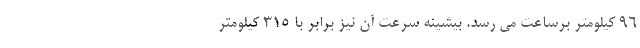
96 کیلومتر برساعت می رسد. بیشینه سرعت آن نیز برابر با 315 کیلومتر